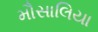
મૌસાલિયા